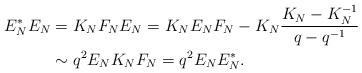
LaTeX: \begin{align*}E_{N}^{*} E_{N}& = K_{N} F_{N} E_{N}= K_{N} E_{N} F_{N} - K_{N} \frac{K_{N} - K_{N}^{-1}}{q - q^{-1}}\\& \sim q^{2} E_{N} K_{N} F_{N}= q^{2} E_{N} E_{N}^{*}.\end{align*}